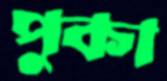
পুকা